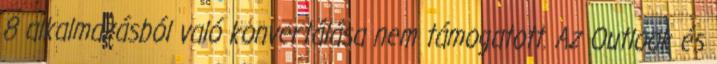
8 alkalmazásból való konvertálása nem támogatott. Az Outlook és